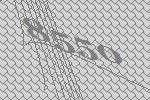
8550